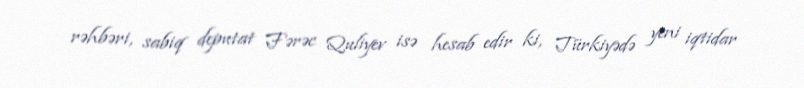
rəhbəri, sabiq deputat Fərəc Quliyev isə hesab edir ki, Türkiyədə yeni iqtidar